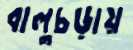
বালুচড়ায়